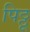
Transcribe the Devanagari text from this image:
पिठ्ठू